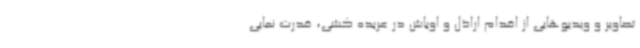
تصاویر و ویدیوهایی از اقدام اراذل و اوباش در عربده کشی، قدرت نمایی